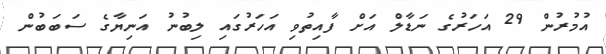
އުމުރުން 29 އަހަރުގެ ނަޑާލް އަށް ފާއިތުވި އަހަރުގައި ލިބުނު އަނިޔާގެ ސަބަބުން